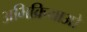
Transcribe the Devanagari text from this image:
अभिक्रियाओ